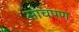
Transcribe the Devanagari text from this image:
साचपण